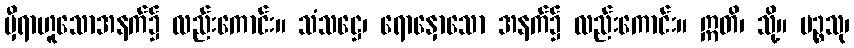
မှီရာဟူသောအနက်၌ လည်းကောင်း။ သံသဋ္ဌေ၊ ရောနှောသော အနက်၌ လည်းကောင်း။ ဣတိ၊ သို့။ ပဉ္စသု၊